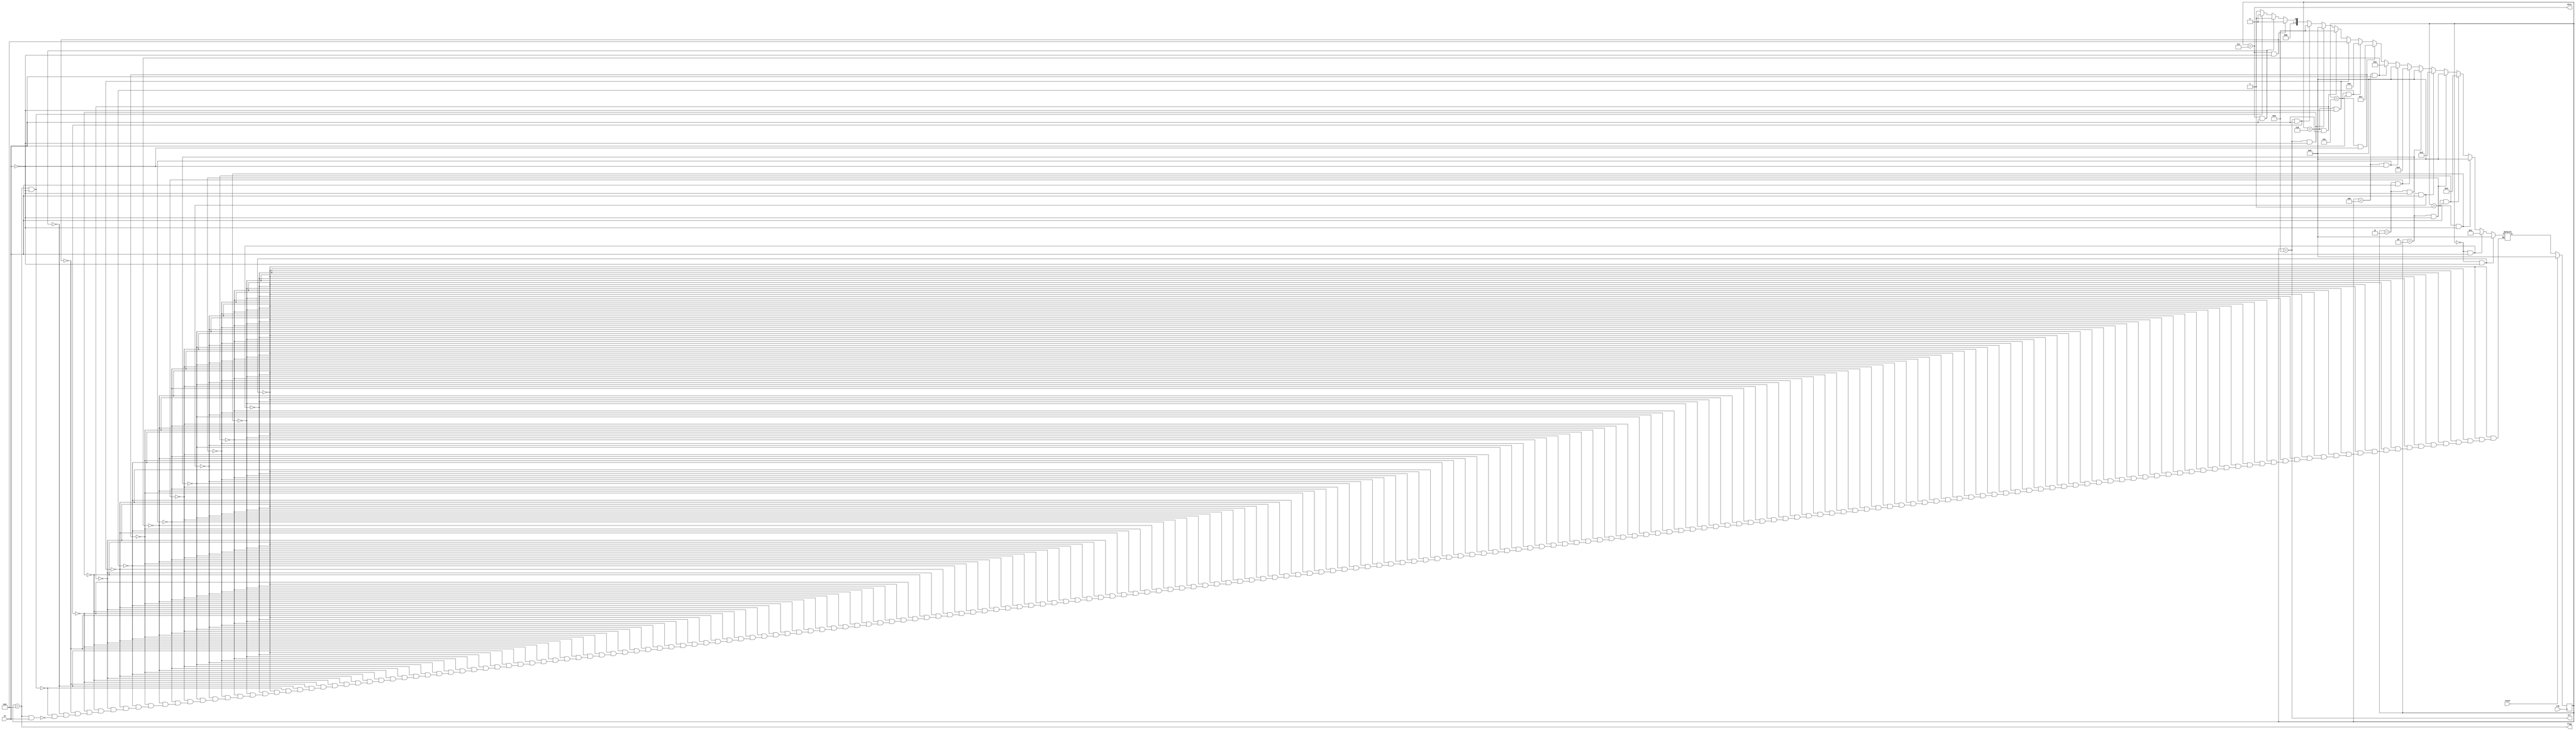
/*Synchronous HDLC framing involves decoding a continuous bit stream of data to look for bit patterns that indicate the beginning and end of frames (packets). Seeing exactly 6 consecutive 1s (i.e., 01111110) is a "flag" that indicate frame boundaries. To avoid the data stream from accidentally containing "flags", the sender inserts a zero after every 5 consecutive 1s which the receiver must detect and discard. We also need to signal an error if there are 7 or more consecutive 1s.

Create a finite state machine to recognize these three sequences:

0111110: Signal a bit needs to be discarded (disc).
01111110: Flag the beginning/end of a frame (flag).
01111111...: Error (7 or more 1s) (err).
When the FSM is reset, it should be in a state that behaves as though the previous input were 0.

Here are some example sequences that illustrate the desired operation.*/
module top_module(
    input clk,
    input reset,    // Synchronous reset
    input in,
    output disc,
    output flag,
    output err);
parameter check=4'b0000,r1=4'b0001,r2=4'b0010,r3=4'b0011,r4=4'b0100,r5=4'b0101,r6=4'b0110,disca=4'b0111,flags=4'b1000,error=4'b1001;
    reg [3:0]state,next_state;
    always@(*)
        begin
            if(state==check && in==0)
                next_state=check;
            else if(state==check && in==1)
                next_state=r1;
            else if(state==r1 && in==0)
                next_state=check;
            else if(state==r1 && in==1)
                next_state=r2;
            else if(state==r2 && in==0)
                next_state=check;
            else if(state==r2 && in==1)
                next_state=r3;
            else if(state==r3 && in==0)
                next_state=check;
            else if(state==r3 && in==1)
                next_state=r4;
            else if(state==r4 && in==0)
                next_state=check;
            else if(state==r4 && in==1)
                next_state=r5;
            else if(state==r5 && in==0)
                next_state=disca;
            else if(state==r5 && in==1)
                next_state=r6;
            else if(state==r6 && in==0)
                next_state=flags;
            else if(state==r6 && in==1)
                next_state=error;
            else if(state==error && in==0)
                next_state=check;
            else if(state==error && in==1)
                next_state=error;
            else if(state==disca && in==0)
                next_state=check;
            else if(state==disca && in==1)
                next_state=r1;
            else if(state==flags && in==0)
                next_state=check;
            else if(state==flags && in==1)
                next_state=r1;
        end
    always@(posedge clk)
        begin
            if(reset)
                state<=check;
            else
                state<=next_state;
        end
    assign disc=(state==disca);
    assign flag=(state==flags);
    assign err=(state==error);
            
            
endmodule